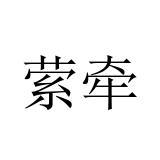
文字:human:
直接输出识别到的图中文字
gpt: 萦牵